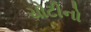
ચોટીનો